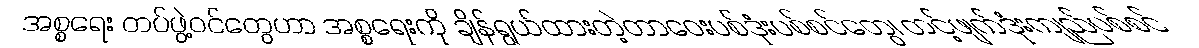
အစ္စရေး တပ်ဖွဲ့ဝင်တွေဟာ အစ္စရေးကို ချိန်ရွယ်ထားတဲ့တာဝေးပစ်ဒုံးပစ်စင်တွေ၊ တင့်ဖျက်ဒုံးကျည်ပစ်စင်